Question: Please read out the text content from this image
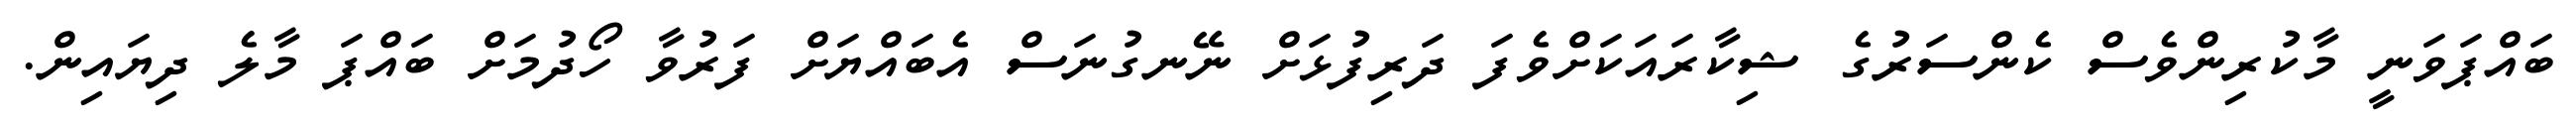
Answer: ބައްޕަވަނީ މާކުރިންވެސް ކެންސަރުގެ ޝިކާރައަކަށްވެފަ ދަރިފުޅަށް ނޭނގުނަސް އެބައްޔަށް ފަރުވާ ހޯދުމަށް ބައްޕަ މާލެ ދިޔައިން.